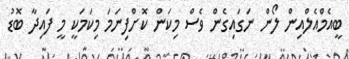
ބީއެމްއެލްއިން ލޯން ނަގައިގެން ވެސް މިކަން ކޮށްފިނަމަ މިކަމަކީ މީ ފައިދާ ބޮޑު